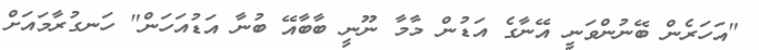
"އަހަރެން ބޭނުންވަނީ އޭނާގެ އަޑުން މާމާ ނޫނީ ބާބާއޭ ބުނާ އަޑުއަހަން" ހަނގުރާމައަށް